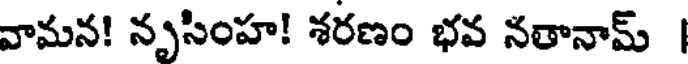
వామన! నృసింహ! శరణం భవ నతానామ్